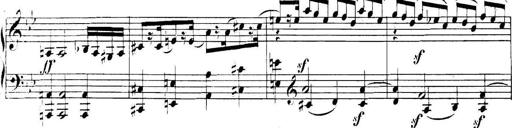
Title: Collected Piano Sonatas
Composer: Muzio Clementi